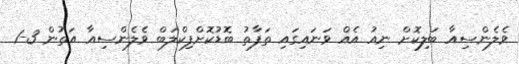
ވެލެންސިއާ ބަލިކޮށް ނިއު އެއް ވަނައިގައި ތަފާތު ބޮޑުކޮށްފިކްލަބް ވެލެންސިއާ އަތުން 3-1